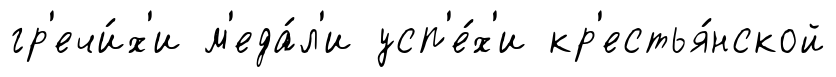
гр'ечи́х'и м'еда́л'и усп'е́х'и кр'естья́нской